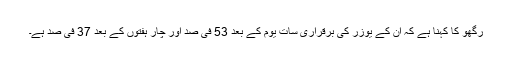
رگھو کا کہنا ہے کہ اُن کے یوزر کی برقراری سات یوم کے بعد 53 فی صد اور چار ہفتوں کے بعد 37 فی صد ہے۔